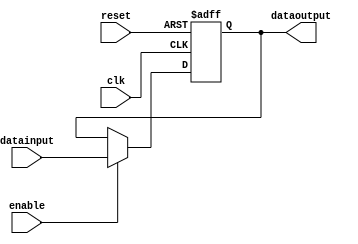
/******************************************************************
* description
*	this the basic register that is used in the register file
*	1.0
* author:
*	dr. jos luis pizano escalante
* email:
*	luispizano@iteso.mx
* date:
*	01/03/2014
******************************************************************/
module register
#(
	parameter n=32
)
(
	input clk,
	input reset,
	input enable,
	input  [n-1:0] datainput,
	
	
	output reg [n-1:0] dataoutput
);

always@(negedge reset or posedge clk) begin
	if(!reset)
		dataoutput <= 0;
	else	
		if(enable==1)
			dataoutput<=datainput;
end

endmodule
//register